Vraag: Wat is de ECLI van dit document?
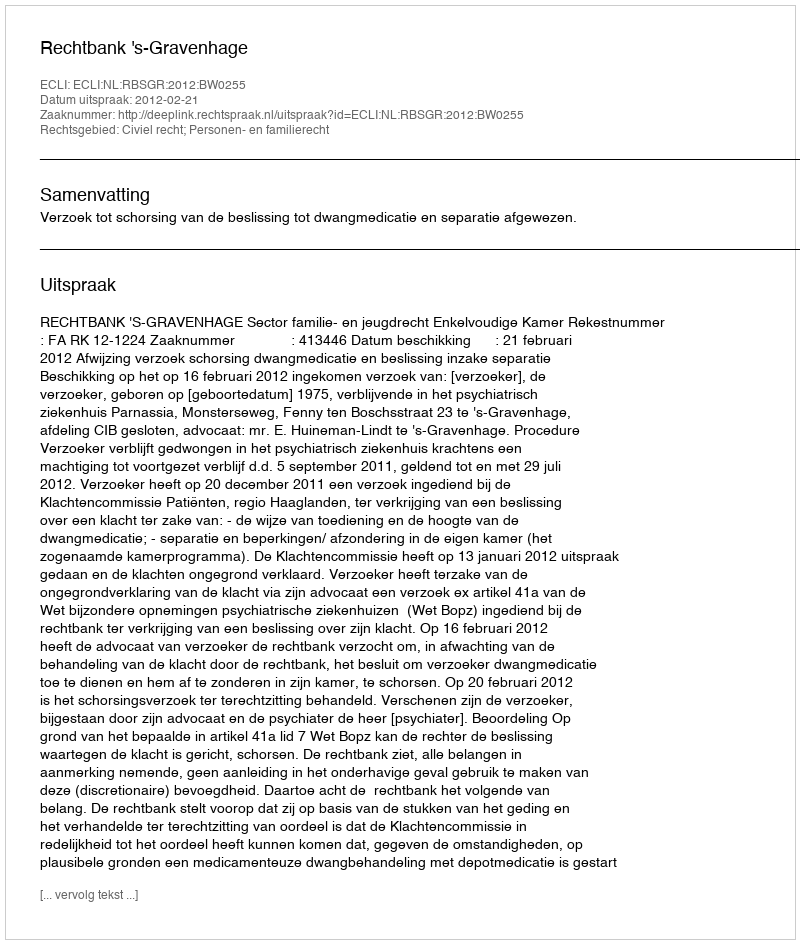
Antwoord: ECLI:NL:RBSGR:2012:BW0255